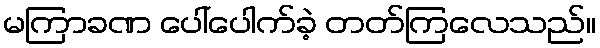
မကြာခဏ ပေါ်ပေါက်ခဲ့ တတ်ကြလေသည်။